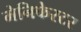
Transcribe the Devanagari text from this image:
मेनिफेस्टर